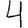
Digit: 4